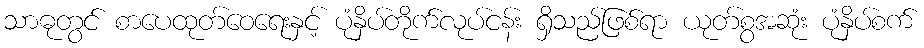
သာဓုတွင် စာပေထုတ်ဝေရေးနှင့် ပုံနှိပ်တိုက်လုပ်ငန်း ရှိသည်ဖြစ်ရာ ယုတ်စွအဆုံး ပုံနှိပ်စက်